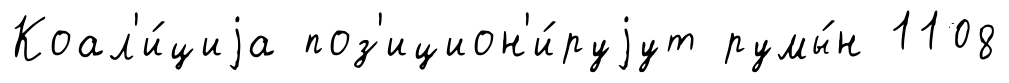
Коал'и́циjа поз'ицион'и́руjут румы́н 1108